65_HS1-834228961_62-HQ-83894_Section_1
Agency: FBI
Page 120
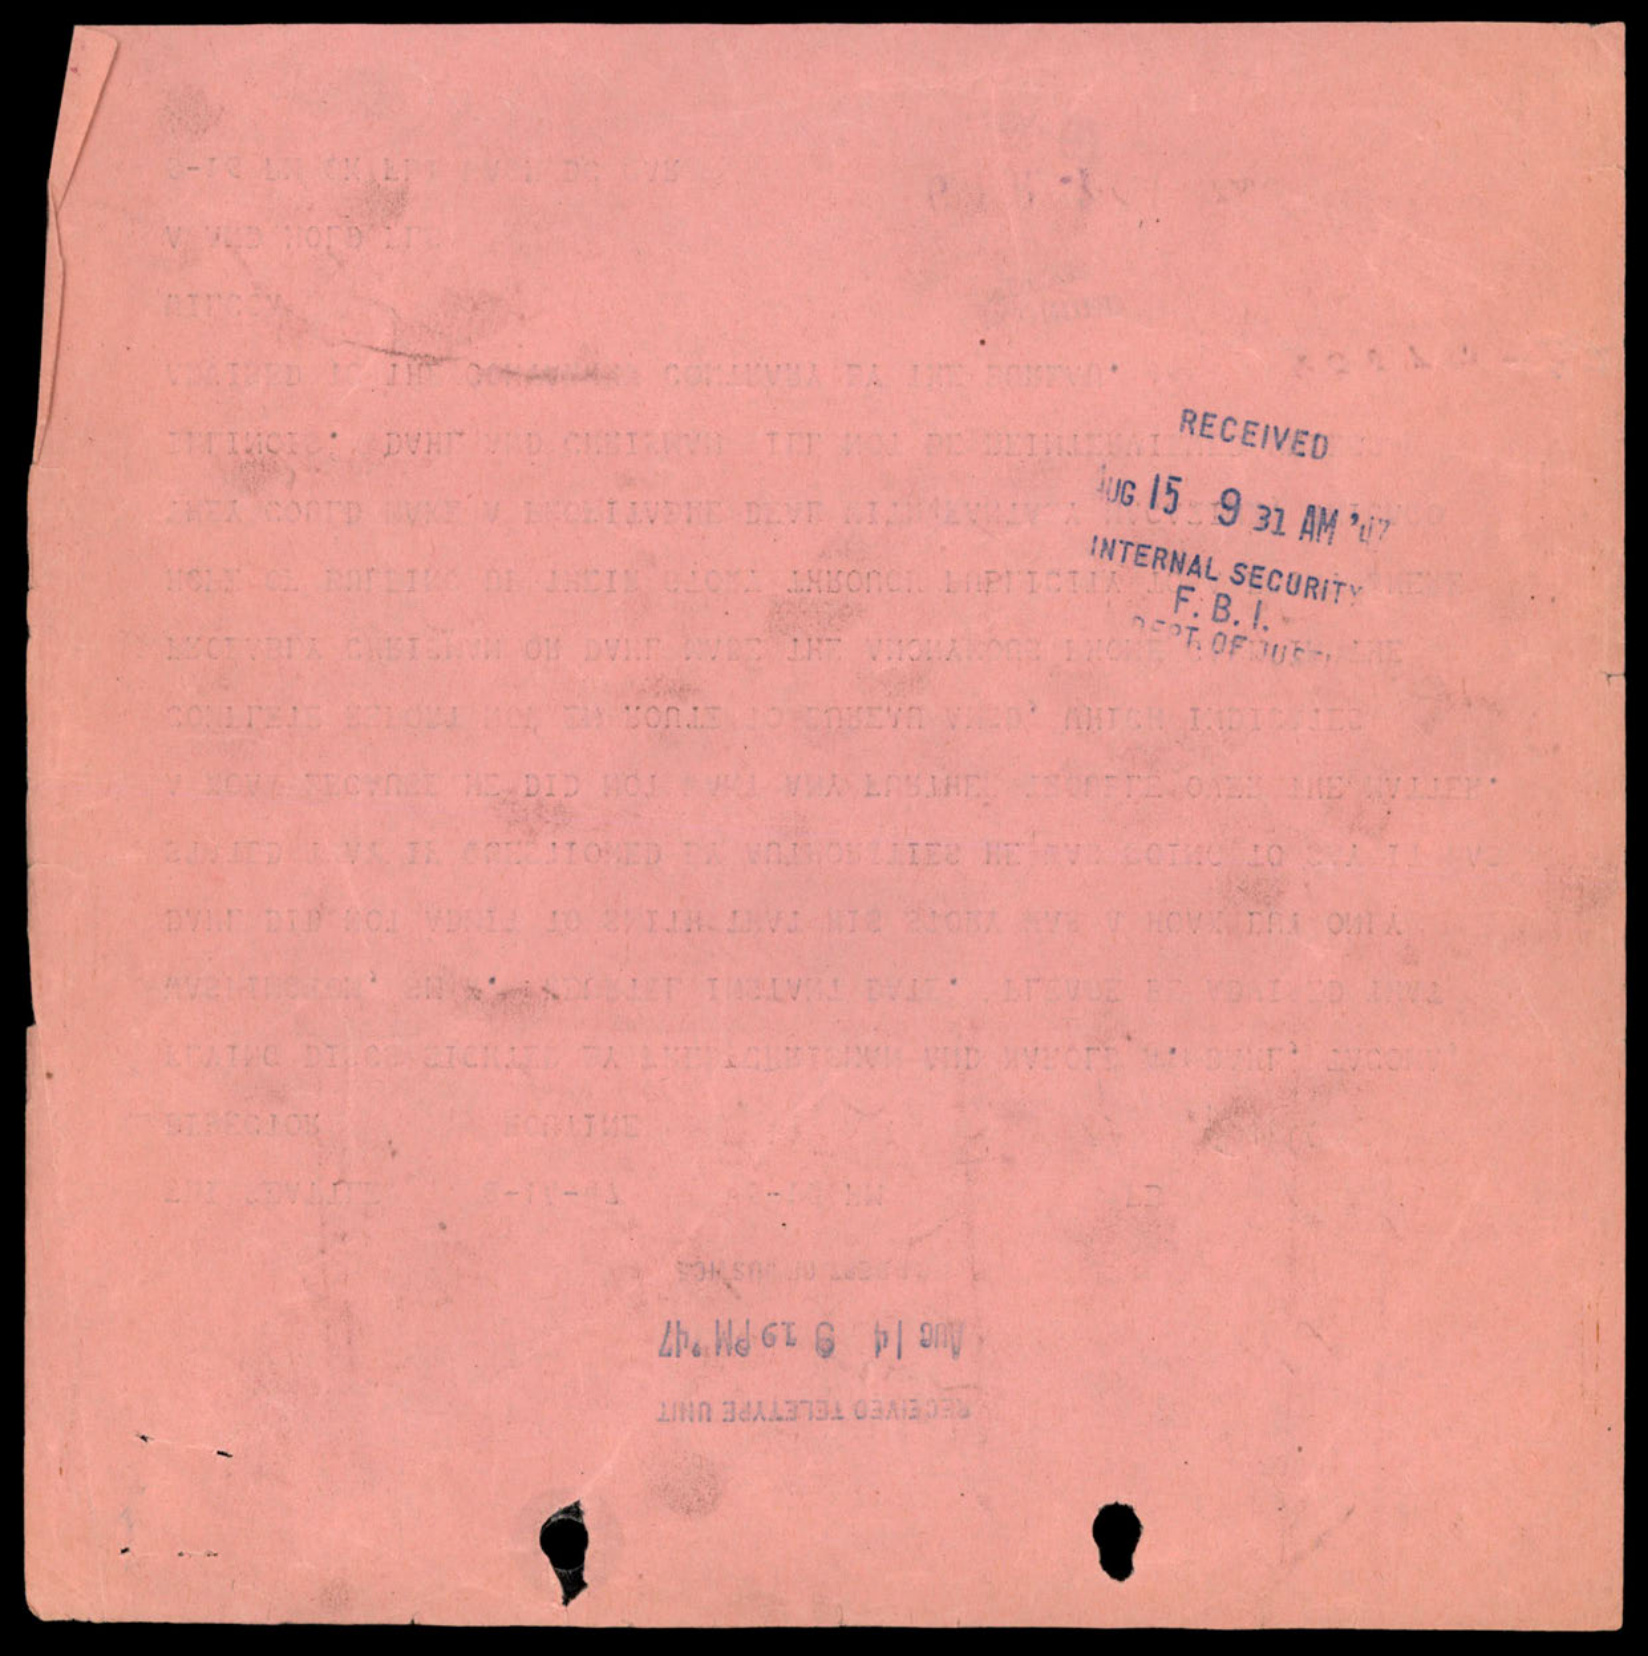